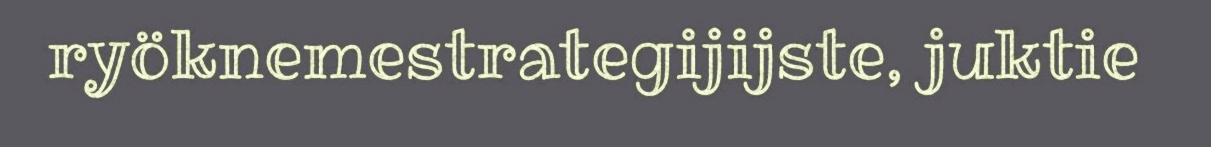
ryöknemestrategijijste, juktie